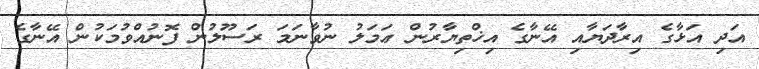
އަދި އަޅާގެ އިރާދަޔާއި އޭނާގެ އިޚްތިޔާރުން ޢަމަލު ނުވާނަމަ ރަސޫލުން ފޮނުއްވުމަކުން އޭނާގެ